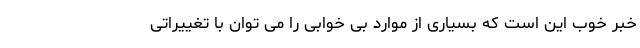
خبر خوب این است که بسیاری از موارد بی خوابی را می توان با تغییراتی